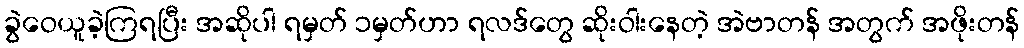
ခွဲဝေယူခဲ့ကြရပြီး အဆိုပါ ရမှတ် ၁မှတ်ဟာ ရလဒ်တွေ ဆိုးဝါးနေတဲ့ အဲဗာတန် အတွက် အဖိုးတန်